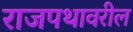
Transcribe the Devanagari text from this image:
राजपथावरील